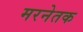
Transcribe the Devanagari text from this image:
मरनेतक